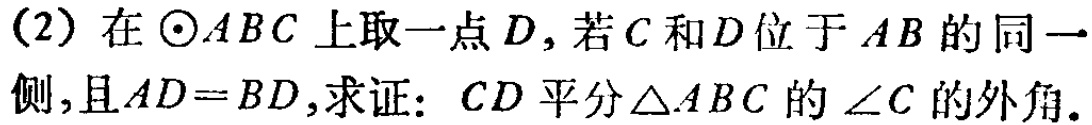
(2) 在$\odot ABC$上取一点$D$，若$C$和$D$位于$AB$的同一侧，且$AD = BD$，求证：$CD$平分$\triangle ABC$的$\angle C$的外角。